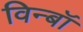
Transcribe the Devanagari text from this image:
विन्बॉ